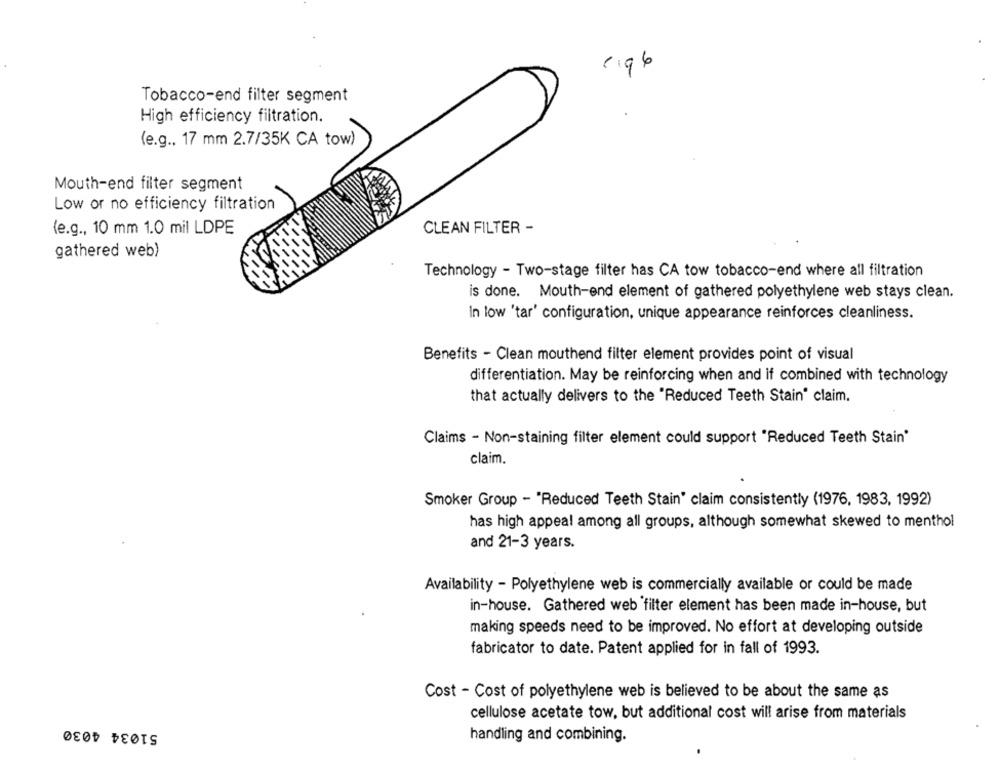
9
Tobacco-end filter segment
High efficiency filtration.
(e.g ., 17 mm 2.7/35K CA tow)
Mouth-end filter segment
Low or no efficiency filtration
(e.g ., 10 mm 1.0 mil LDPE
CLEAN FILTER -
gathered web)
Technology - Two-stage filter has CA tow tobacco-end where all filtration
is done. Mouth-end element of gathered polyethylene web stays clean.
In low 'tar' configuration, unique appearance reinforces cleanliness.
Benefits - Clean mouthend filter element provides point of visual
differentiation. May be reinforcing when and if combined with technology
that actually delivers to the "Reduced Teeth Stain" claim.
Claims - Non-staining filter element could support "Reduced Teeth Stain'
claim.
Smoker Group - "Reduced Teeth Stain' claim consistently (1976, 1983, 1992)
has high appeal among all groups, although somewhat skewed to menthol
and 21-3 years.
Availability - Polyethylene web is commercially available or could be made
in-house. Gathered web 'filter element has been made in-house, but
making speeds need to be improved. No effort at developing outside
fabricator to date. Patent applied for in fall of 1993.
Cost - Cost of polyethylene web is believed to be about the same as
cellulose acetate tow, but additional cost will arise from materials
51034 4030
handling and combining.